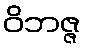
ဝိဘဇ္ဇ